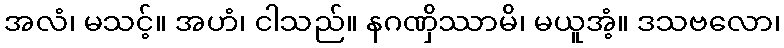
အလံ၊ မသင့်။ အဟံ၊ ငါသည်။ နဂဏှိဿာမိ၊ မယူအံ့။ ဒသဗလော၊